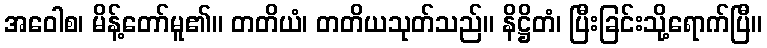
အဝေါစ၊ မိန့်တော်မူ၏။ တတိယံ၊ တတိယသုတ်သည်။ နိဋ္ဌိတံ၊ ပြီးခြင်းသို့ရောက်ပြီ။